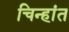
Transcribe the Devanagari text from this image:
चिन्हांत